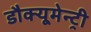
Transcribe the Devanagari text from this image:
डौक्यूमेन्ट्री